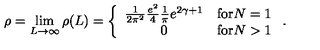
\rho = \lim _ { L \rightarrow \infty } \rho ( L ) = \left\{ \begin{array} { c r } { \frac { 1 } { 2 \pi ^ { 2 } } \frac { e ^ { 2 } } { 4 } \frac { 1 } { \pi } e ^ { 2 \gamma + 1 } } & { \mathrm { f o r } N = 1 } \\ { 0 } & { \mathrm { f o r } N > 1 } \\ \end{array} \right. .